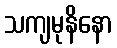
သကျမုနိနော